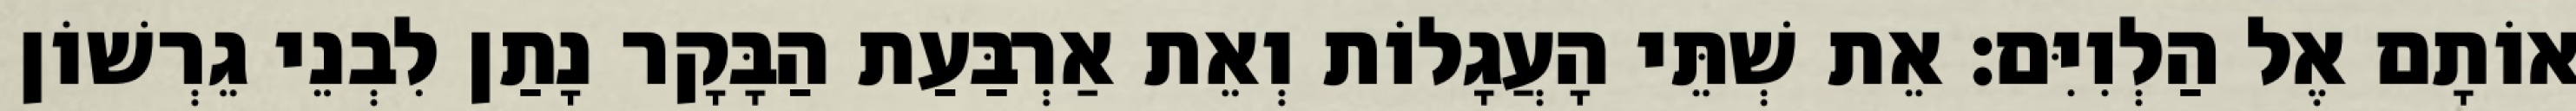
אוֹתָם אֶל הַלְוִיִּם׃ אֵת שְׁתֵּי הָעֲגָלוֹת וְאֵת אַרְבַּעַת הַבָּקָר נָתַן לִבְנֵי גֵרְשׁוֹן